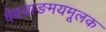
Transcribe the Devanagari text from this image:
वेदवाङमयमूलक